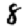
Digit: 8